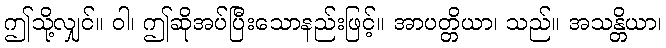
ဤသို့လျှင်။ ဝါ၊ ဤဆိုအပ်ပြီးသောနည်းဖြင့်။ အာပတ္တိယာ၊ သည်။ အသန္တိယာ၊